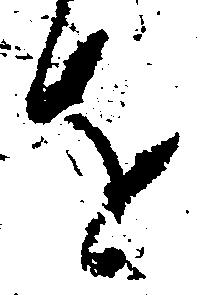
を